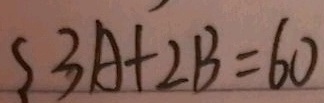
\{ 3 A + 2 B = 6 0